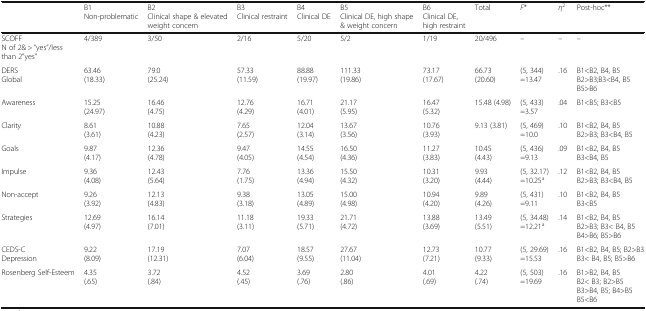
<table><thead><tr><td></td><td><b>B1Non-problematic</b></td><td><b>B2Clinical shape &amp; elevated weight concern</b></td><td><b>B3Clinical restraint</b></td><td><b>B4Clinical DE</b></td><td><b>B5Clinical DE, high shape &amp; weight concern</b></td><td><b>B6Clinical DE, high restraint</b></td><td><b>Total</b></td><td><b><i>F</i>*</b></td><td><b><i>η</i><sup>2</sup></b></td><td><b>Post-hoc**</b></td></tr></thead><tbody><tr><td>SCOFFN of 2&amp; &gt; “yes”/less than 2”yes”</td><td>4/389</td><td>3/50</td><td>2/16</td><td>5/20</td><td>5/2</td><td>1/19</td><td>20/496</td><td>–</td><td>–</td><td>–</td></tr><tr><td>DERSGlobal</td><td>63.46(18.33)</td><td>79.0(25.24)</td><td>57.33(11.59)</td><td>88.88(19.97)</td><td>111.33(19.86)</td><td>73.17(17.67)</td><td>66.73(20.60)</td><td>(5, 344)=13.47</td><td>.16</td><td>B1&lt;B2, B4, B5B2&gt;B3;B3&lt;B4, B5B5&gt;B6</td></tr><tr><td>Awareness</td><td>15.25(24.97)</td><td>16.46(4.75)</td><td>12.76(4.29)</td><td>16.71(4.01)</td><td>21.17(5.95)</td><td>16.47(5.32)</td><td>15.48 (4.98)</td><td>(5, 433)=3.57</td><td>.04</td><td>B1&lt;B5; B3&lt;B5</td></tr><tr><td>Clarity</td><td>8.61(3.61)</td><td>10.88(4.23)</td><td>7.65(2.57)</td><td>12.04(3.14)</td><td>13.67(3.56)</td><td>10.76(3.93)</td><td>9.13 (3.81)</td><td>(5, 469)=10.0</td><td>.10</td><td>B1&lt;B2, B4, B5B2&gt;B3; B3&lt;B4, B5</td></tr><tr><td>Goals</td><td>9.87(4.17)</td><td>12.36(4.78)</td><td>9.47(4.05)</td><td>14.55(4.54)</td><td>16.50(4.36)</td><td>11.27(3.83)</td><td>10.45(4.43)</td><td>(5, 436)=9.13</td><td>.09</td><td>B1&lt;B2, B4, B5B3&lt;B4, B5</td></tr><tr><td>Impulse</td><td>9.36(4.08)</td><td>12.43(5.64)</td><td>7.76(1.75)</td><td>13.36(4.94)</td><td>15.50(4.32)</td><td>10.31(3.20)</td><td>9.93(4.44)</td><td>(5, 32.17)=10.25<sup>a</sup></td><td>.12</td><td>B1&lt;B2, B4, B5B2&gt;B3; B3&lt;B4, B5</td></tr><tr><td>Non-accept</td><td>9.26(3.92)</td><td>12.13(4.83)</td><td>9.38(3.18)</td><td>13.05(4.89)</td><td>15.00(4.98)</td><td>10.94(4.20)</td><td>9.89(4.26)</td><td>(5, 431)=9.11</td><td>.10</td><td>B1&lt;B2, B4, B5B3&lt;B5</td></tr><tr><td>Strategies</td><td>12.69(4.97)</td><td>16.14(7.01)</td><td>11.18(3.11)</td><td>19.33(5.71)</td><td>21.71(4.72)</td><td>13.88(3.69)</td><td>13.49(5.51)</td><td>(5, 34.48)=12.21<sup>a</sup></td><td>.14</td><td>B1&lt;B2, B4, B5B2&gt;B3; B3&lt; B4, B5B4&gt;B6; B5&gt;B6</td></tr><tr><td>CEDS-CDepression</td><td>9.22(8.09)</td><td>17.19(12.31)</td><td>7.07(6.04)</td><td>18.57(9.55)</td><td>27.67(11.04)</td><td>12.73(7.21)</td><td>10.77(9.33)</td><td>(5, 29.69)=15.53</td><td>.16</td><td>B1&lt;B2, B4, B5; B2&gt;B3B3&lt; B4, B5; B5&gt;B6</td></tr><tr><td>Rosenberg Self-Esteem</td><td>4.35(.65)</td><td>3.72(.84)</td><td>4.52(.45)</td><td>3.69(.76)</td><td>2.80(.86)</td><td>4.01(.69)</td><td>4.22(.74)</td><td>(5, 503)=19.69</td><td>.16</td><td>B1&gt;B2, B4, B5B2&lt; B3; B2&gt;B5B3&gt;B4, B5; B4&gt;B5B5&lt;B6</td></tr></tbody></table>